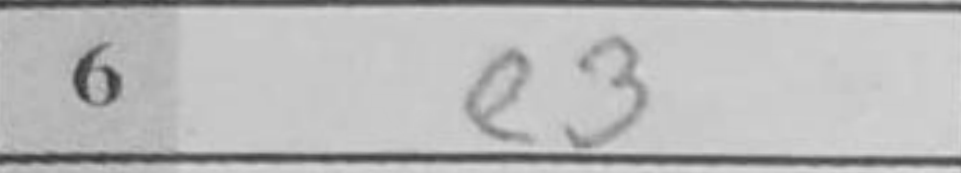
Transcription: e3